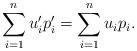
LaTeX: \begin{align*}\sum_{i=1}^n u'_ip'_i=\sum_{i=1}^n u_ip_i.\end{align*}